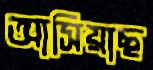
আসিয়াছ